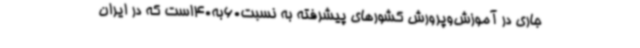
جاری در آموزش‌وپرورش‌ کشورهای پیشرفته به نسبت60به40است که در ایران